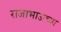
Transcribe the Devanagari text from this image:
राजाभाऊंच्या